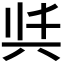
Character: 𭁈